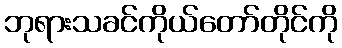
ဘုရားသခင်ကိုယ်တော်တိုင်ကို